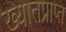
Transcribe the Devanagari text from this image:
ख्यातप्राप्त